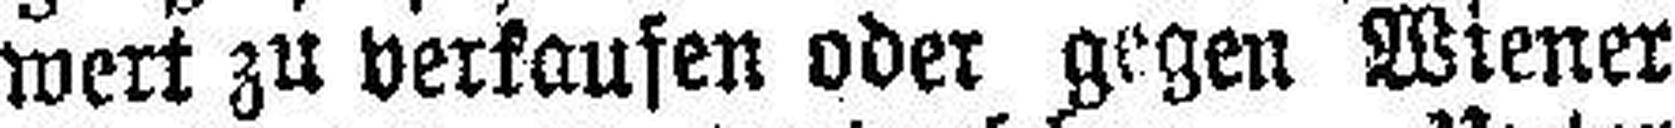
wert zu verfausen oder gegen Wiener